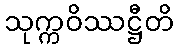
သုက္ကဝိဿဋ္ဌီတိ